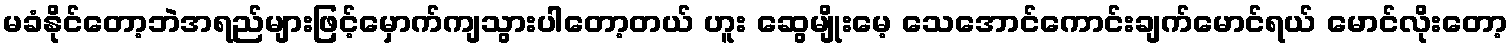
မခံနိုင်တော့ဘဲအရည်များဖြင့်မှောက်ကျသွားပါတော့တယ် ဟူး ဆွေမျိုးမေ့ သေအောင်ကောင်းချက်မောင်ရယ် မောင်လိုးတော့